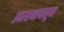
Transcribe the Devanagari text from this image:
प्रकाशनापासून